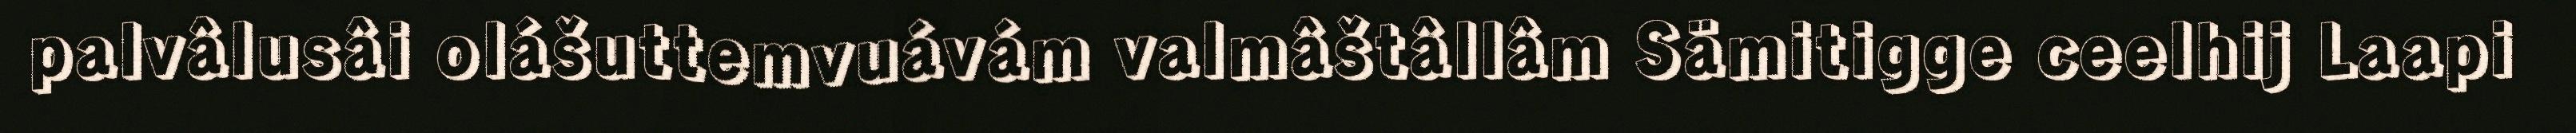
palvâlusâi olášuttemvuávám valmâštâllâm Sämitigge ceelhij Laapi